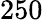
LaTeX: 250